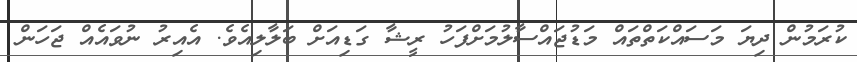
ކުރަމުން ދިޔަ މަސައްކަތްތައް މަޑުޖައްސާލުމަަށްފަހު ރީޝާ ގަޑިއަށް ބަލާލިއެވެ. އެއިރު ނުވައެއް ޖަހަން